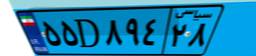
۵۵D۸۹۴۲۸